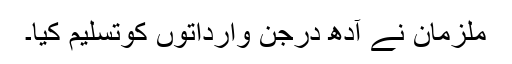
ملزمان نے آدھ درجن وارداتوں کوتسلیم کیا۔